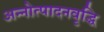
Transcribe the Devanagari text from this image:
अन्नोत्पादनवृद्धि